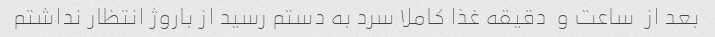
بعد از  ساعت و  دقیقه غذا کاملا سرد به دستم رسید از باروژ انتظار نداشتم